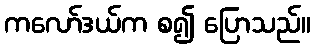
ကလော်ဒယ်က စ၍ ပြောသည်။